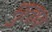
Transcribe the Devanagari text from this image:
मुताव